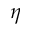
\eta